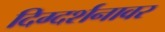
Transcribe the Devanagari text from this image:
दिग्दर्शनावर